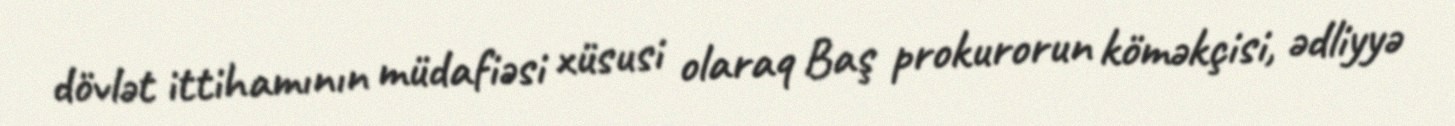
dövlət ittihamının müdafiəsi xüsusi olaraq Baş prokurorun köməkçisi, ədliyyə